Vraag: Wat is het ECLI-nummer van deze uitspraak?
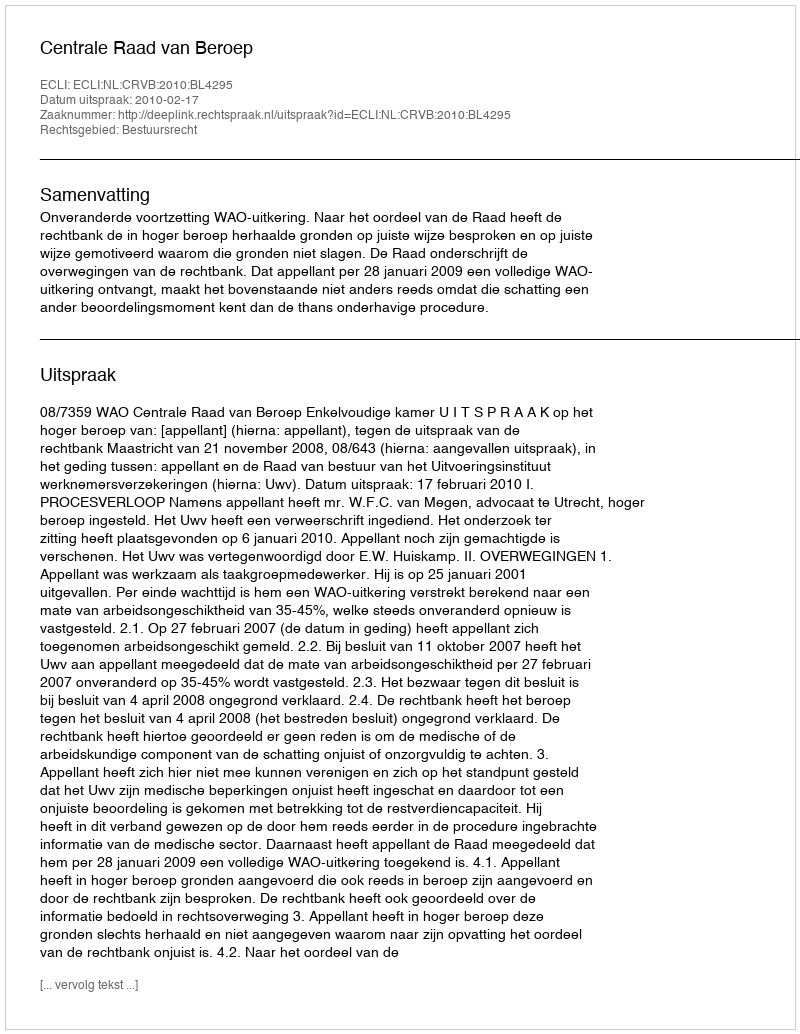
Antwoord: ECLI:NL:CRVB:2010:BL4295